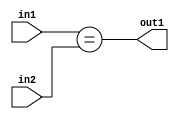
`timescale 1ps / 1ps
/*****************************************************************************
    Verilog RTL Description
    
    
    Created by: Stratus DpOpt 2019.1.01 
*******************************************************************************/

module DC_Filter_Equal_2Ux1U_1U_4 (
	in2,
	in1,
	out1
	); /* architecture "behavioural" */ 
input [1:0] in2;
input  in1;
output  out1;
wire  asc001;

assign asc001 = (in1==in2);

assign out1 = asc001;
endmodule

/* CADENCE  urjwTgE= : u9/ySgnWtBlWxVPRXgAZ4Og= ** DO NOT EDIT THIS LINE ******/